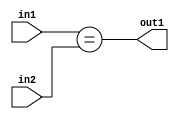
`timescale 1ps / 1ps
/*****************************************************************************
    Verilog RTL Description
    
    
    Created by: Stratus DpOpt 2019.1.01 
*******************************************************************************/

module DC_Filter_Equal_2Ux1U_1U_4 (
	in2,
	in1,
	out1
	); /* architecture "behavioural" */ 
input [1:0] in2;
input  in1;
output  out1;
wire  asc001;

assign asc001 = (in1==in2);

assign out1 = asc001;
endmodule

/* CADENCE  urjwTgE= : u9/ySgnWtBlWxVPRXgAZ4Og= ** DO NOT EDIT THIS LINE ******/